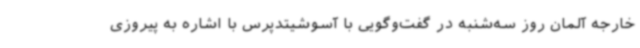
خارجه آلمان روز سه‌شنبه در گفت‌وگویی با آسوشیتدپرس با اشاره به پیروزی